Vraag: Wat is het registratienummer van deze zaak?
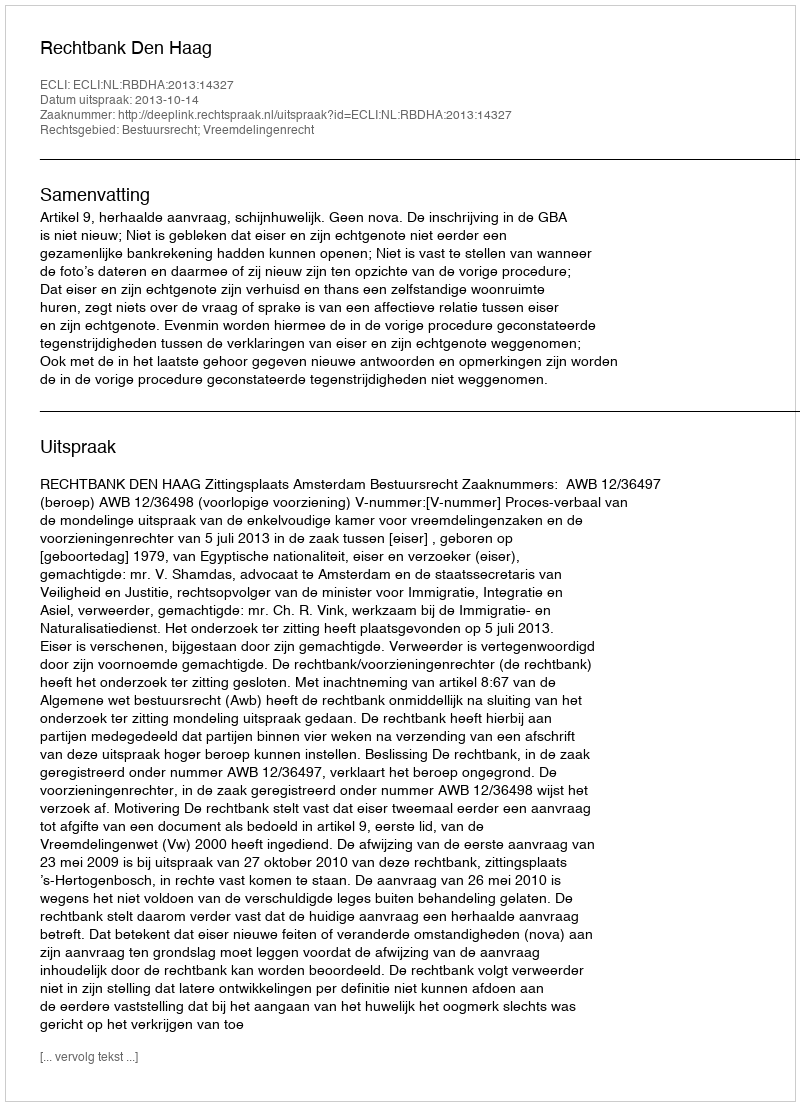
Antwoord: http://deeplink.rechtspraak.nl/uitspraak?id=ECLI:NL:RBDHA:2013:14327